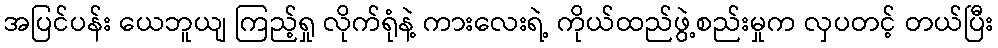
အပြင်ပန်း ယေဘူယျ ကြည့်ရှု လိုက်ရုံနဲ့ ကားလေးရဲ့ ကိုယ်ထည်ဖွဲ့စည်းမှုက လှပတင့် တယ်ပြီး